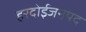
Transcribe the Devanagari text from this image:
हरदोईजनपद